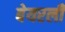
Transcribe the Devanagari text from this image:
बेयरली